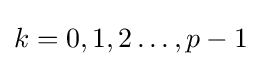
k=0,1,2\ldots ,p-1